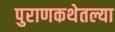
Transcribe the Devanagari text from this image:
पुराणकथेतल्या